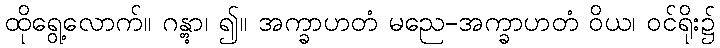
ထိုရွေ့လောက်။ ဂန္တွာ၊ ၍။ အက္ခာဟတံ မညေ-အက္ခာဟတံ ဝိယ၊ ဝင်ရိုး၌